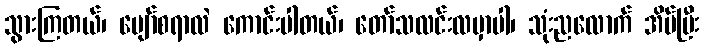
သွားကြတယ်၊ ပျော်စရာလဲ ကောင်းပါတယ်၊ တော်သလင်းလမှာပါ၊ သုံးညလောက် အိပ်ပြီး